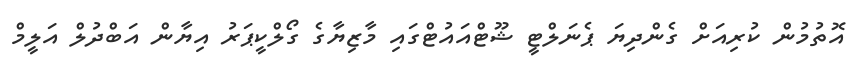
އޮތުމުން ކުރިއަށް ގެންދިޔަ ޕެނަލްޓީ ޝޫޓްއައުޓްގައި މާޒިޔާގެ ގޯލްކީޕަރު އިޔާން އަބްދުލް އަލީމް